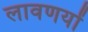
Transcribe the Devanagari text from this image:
लावणयों